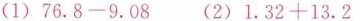
(1)$$7 6 . 8 - 9 . 0 8$$ (2)$$1 . 3 2 + 1 3 . 2$$